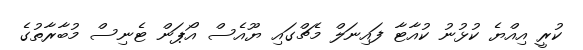
ކުރީ އިއްޔެ ކުޅުނު ކުއާޓާ ފައިނަލް މެޗްގައި ޔޫއެސް އޯޕަން ޓެނިސް މުބާރާތުގެ